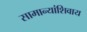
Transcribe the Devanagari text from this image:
सामान्यांशिवाय